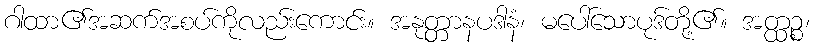
ဂါထာ၏အဆက်အစပ်ကိုလည်းကောင်း။ အနုတ္တာနပဒါနံ၊ မပေါ်သောပုဒ်တို့၏။ အတ္ထဉ္စ၊